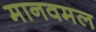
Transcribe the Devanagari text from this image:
मानवमल